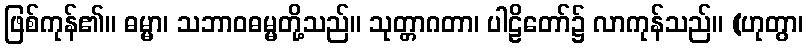
ဖြစ်ကုန်၏။ ဓမ္မာ၊ သဘာဝဓမ္မတို့သည်။ သုတ္တာဂတာ၊ ပါဠိတော်၌ လာကုန်သည်။ (ဟုတွာ၊